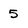
Character: 5